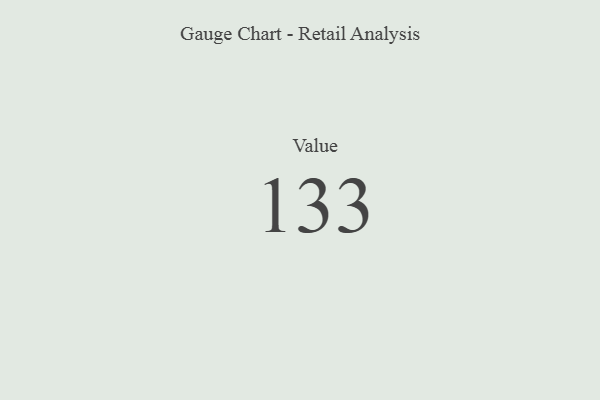
{"axis": {"x": "Metric", "y": "Value"}, "legend": [""], "data": [{"x": "Value", "y": 133, "type": ""}]}